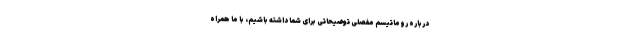
درباره روماتیسم مفصلی توضیحاتی برای شما داشته باشیم، با ما همراه